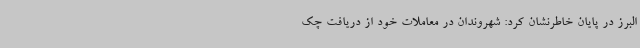
البرز در پایان خاطرنشان کرد: شهروندان در معاملات خود از دریافت چک